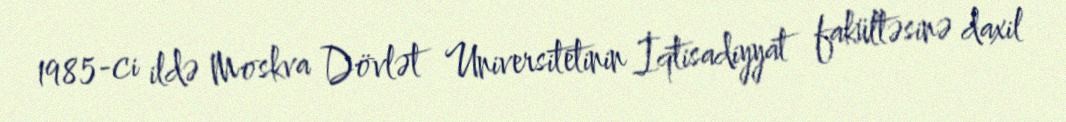
1985-ci ildə Moskva Dövlət Universitetinin İqtisadiyyat fakültəsinə daxil